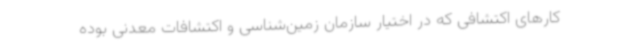
کارهای اکتشافی که در اختیار سازمان زمین‌شناسی و اکتشافات معدنی بوده